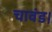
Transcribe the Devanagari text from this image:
चावंड।